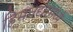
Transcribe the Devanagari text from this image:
हिमनद्यांमध्ये